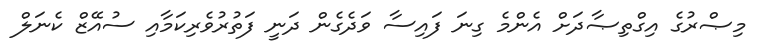
މިޞްރުގެ އިގްތިޞާދަށް އެންމެ ގިނަ ފައިސާ ވަދެގެން ދަނީ ފަތުރުވެރިކަމާއި ސުއޭޒް ކެނަލް